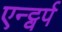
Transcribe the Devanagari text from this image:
एन्ट्वर्प